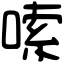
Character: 嗦